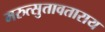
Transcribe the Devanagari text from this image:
मरुत्सुतावताराय